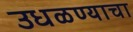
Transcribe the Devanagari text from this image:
उधळण्याचा